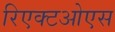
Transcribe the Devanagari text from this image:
रिएक्टओएस